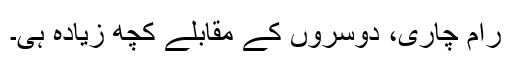
رام چاری، دوسروں کے مقابلے کچھ زیادہ ہی۔